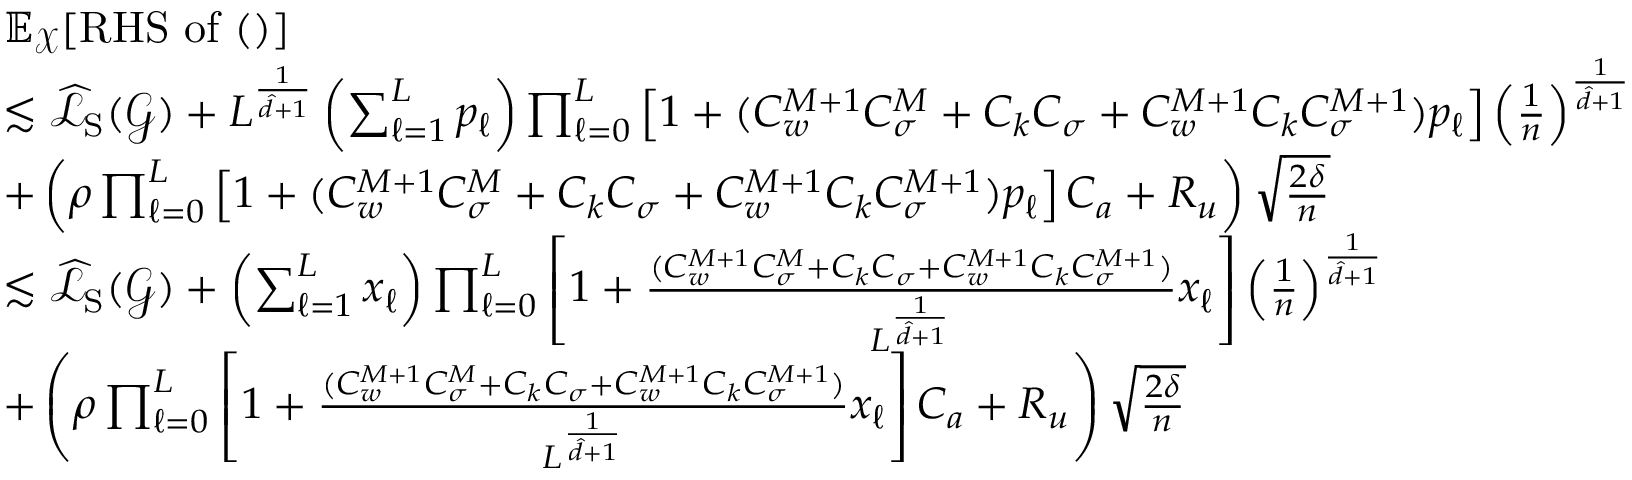
\begin{array} { r l } & { \mathbb { E } _ { \boldsymbol { \mathcal { X } } } [ \mathrm { R H S ~ o f ~ ( ) } ] } \\ & { \lesssim \widehat { \mathcal { L } } _ { \mathrm { S } } ( \boldsymbol { \mathcal { G } } ) + L ^ { \frac { 1 } { \hat { d } + 1 } } \left( \sum _ { \ell = 1 } ^ { L } p _ { \ell } \right) \prod _ { \ell = 0 } ^ { L } \left[ 1 + ( C _ { w } ^ { M + 1 } C _ { \sigma } ^ { M } + C _ { k } C _ { \sigma } + C _ { w } ^ { M + 1 } C _ { k } C _ { \sigma } ^ { M + 1 } ) p _ { \ell } \right] \left( \frac { 1 } { n } \right) ^ { \frac { 1 } { \hat { d } + 1 } } } \\ & { + \left( \rho \prod _ { \ell = 0 } ^ { L } \left[ 1 + ( C _ { w } ^ { M + 1 } C _ { \sigma } ^ { M } + C _ { k } C _ { \sigma } + C _ { w } ^ { M + 1 } C _ { k } C _ { \sigma } ^ { M + 1 } ) p _ { \ell } \right] C _ { a } + R _ { u } \right) \sqrt { \frac { 2 \delta } { n } } } \\ & { \lesssim \widehat { \mathcal { L } } _ { \mathrm { S } } ( \boldsymbol { \mathcal { G } } ) + \left( \sum _ { \ell = 1 } ^ { L } x _ { \ell } \right) \prod _ { \ell = 0 } ^ { L } \left[ 1 + \frac { ( C _ { w } ^ { M + 1 } C _ { \sigma } ^ { M } + C _ { k } C _ { \sigma } + C _ { w } ^ { M + 1 } C _ { k } C _ { \sigma } ^ { M + 1 } ) } { L ^ { \frac { 1 } { \hat { d } + 1 } } } x _ { \ell } \right] \left( \frac { 1 } { n } \right) ^ { \frac { 1 } { \hat { d } + 1 } } } \\ & { + \left( \rho \prod _ { \ell = 0 } ^ { L } \left[ 1 + \frac { ( C _ { w } ^ { M + 1 } C _ { \sigma } ^ { M } + C _ { k } C _ { \sigma } + C _ { w } ^ { M + 1 } C _ { k } C _ { \sigma } ^ { M + 1 } ) } { L ^ { \frac { 1 } { \hat { d } + 1 } } } x _ { \ell } \right] C _ { a } + R _ { u } \right) \sqrt { \frac { 2 \delta } { n } } } \end{array}